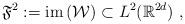
LaTeX: \begin{align*}\mathfrak{F}^2:= {\rm im}\,(\mathcal{W})\subset L^2(\mathbb{R}^{2d}) \ ,\end{align*}